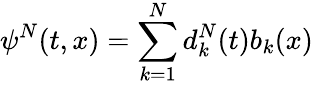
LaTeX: \psi^{N}(t,x)=\sum_{k=1}^{N}d_{k}^{N}(t)b_{k}(x)